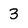
Character: 3